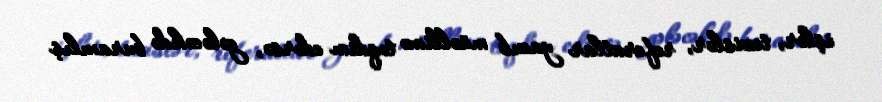
işlər, tezislər, referatlar yazıb müəllimə təqdim edərsə, gələcəkdə buraxılış